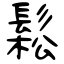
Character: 鬆